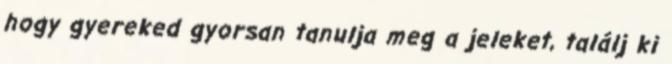
hogy gyereked gyorsan tanulja meg a jeleket, találj ki